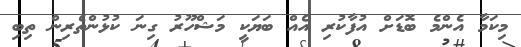
މިކަމާ އެންމެ ބޮޑަށް އުފާކުރި އެއް ބަޔަކީ މަޝްހޫރު ގިނަ ކުޅުންތެރިން ތިބި